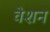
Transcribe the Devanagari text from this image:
वेशन